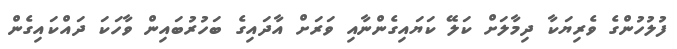
ފުލުހުންގެ ވެރިޔަކާ ދިމާލަށް ކަލޭ ކަޔައިގެންނާއި ވަރަށް އާދައިގެ ބަހުރުބައިން ވާހަަކަ ދައްކައިގެން